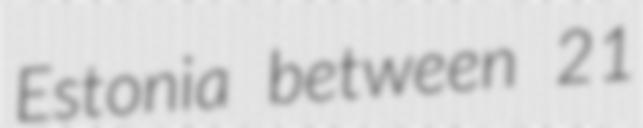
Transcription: Estonia between 21